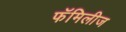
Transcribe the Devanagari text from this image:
फॅमिलीज